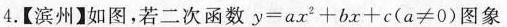
4.【滨州】如图，若二次函数$$y = a x^{2} + b x + c ( a \ne 0 )$$图象